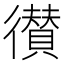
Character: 𢖑